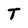
Character: T